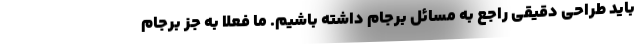
باید طراحی دقیقی راجع به مسائل برجام داشته باشیم. ما فعلا به جز برجام